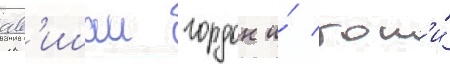
ав'ишаи гордон и́ гон'и́